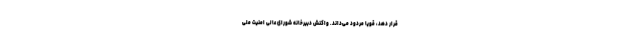
قرار دهد، قویا مردود می‌داند. واکنش دبیرخانه شورای عالی امنیت ملی